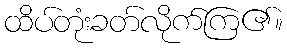
ထိပ်တုံးခတ်လိုက်ကြ၏။